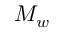
M _ { w }